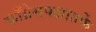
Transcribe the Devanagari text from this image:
काँग्रेसपक्षातर्फे